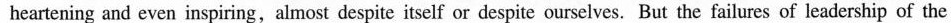
heartening and even inspiring,almost despite itself or despite ourselves. But the failures of leadership of the